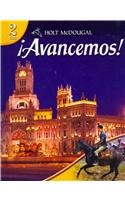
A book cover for Holt McDougal Avancemos! Level 2: dos (Spanish and English Edition); Teen & Young Adult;